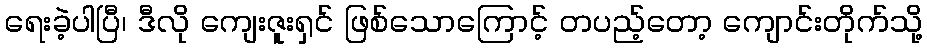
ရေးခဲ့ပါပြီ၊ ဒီလို ကျေးဇူးရှင် ဖြစ်သောကြောင့် တပည့်တော့ ကျောင်းတိုက်သို့